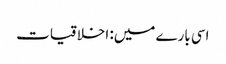
اسی بارے میں: اخلاقیات